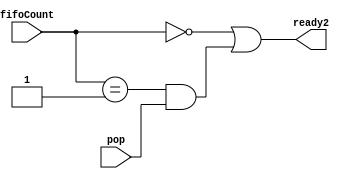
// -------------------------------------------------------------
// 
// 
// Generated by MATLAB 9.13 and HDL Coder 4.0
// 
// -------------------------------------------------------------


// -------------------------------------------------------------
// 
// Module: whdlOFDMTx_Generate_Ready2_block
// Source Path: whdlOFDMTx/Frame Generator/Header/Interleaver/Generate Ready/Generate Ready2
// Hierarchy Level: 6
// 
// -------------------------------------------------------------

`timescale 1 ns / 1 ns

module whdlOFDMTx_Generate_Ready2_block
          (fifoCount,
           pop,
           ready2);


  input   [2:0] fifoCount;  // ufix3
  input   pop;
  output  ready2;


  wire Compare_To_Constant1_out1;
  wire Compare_To_Constant4_out1;
  wire Logical_Operator14_out1;
  wire Logical_Operator1_out1;


  assign Compare_To_Constant1_out1 = fifoCount == 3'b000;



  assign Compare_To_Constant4_out1 = fifoCount == 3'b001;



  assign Logical_Operator14_out1 = Compare_To_Constant4_out1 & pop;



  assign Logical_Operator1_out1 = Compare_To_Constant1_out1 | Logical_Operator14_out1;



  assign ready2 = Logical_Operator1_out1;

endmodule  // whdlOFDMTx_Generate_Ready2_block